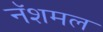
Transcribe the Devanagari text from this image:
नॅशमल